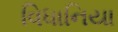
વિધાનિયા